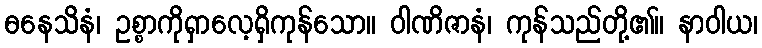
ဓနေသိနံ၊ ဥစ္စာကိုရှာလေ့ရှိကုန်သော။ ဝါဏိဇာနံ၊ ကုန်သည်တို့၏။ နာဝါယ၊